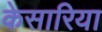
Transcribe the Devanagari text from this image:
केसारिया